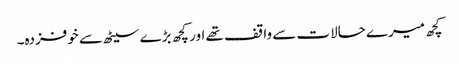
کچھ میرے حالات سے واقف تھے اور کچھ بڑے سیٹھ سے خوفزدہ۔